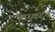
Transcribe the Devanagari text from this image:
विस्कटत